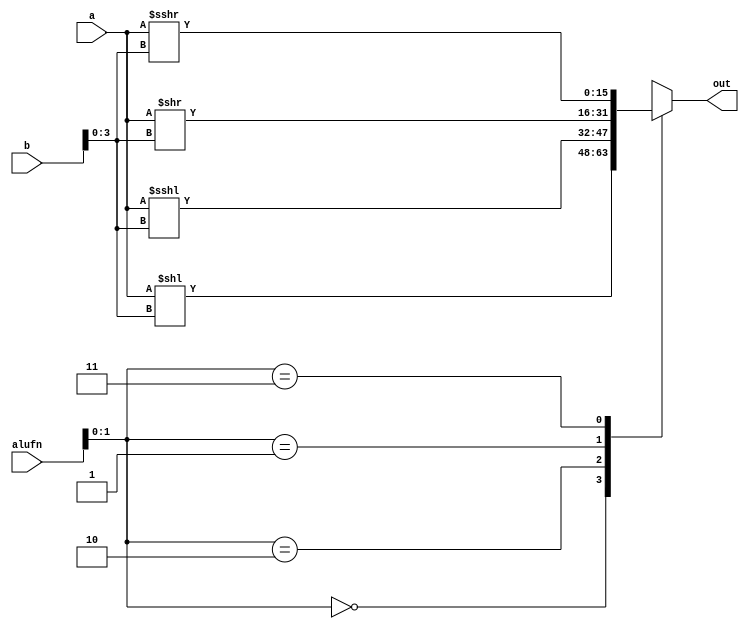
/*
   This file was generated automatically by Alchitry Labs version 1.2.7.
   Do not edit this file directly. Instead edit the original Lucid source.
   This is a temporary file and any changes made to it will be destroyed.
*/

module shifter_16_18 (
    input [15:0] a,
    input [15:0] b,
    input [5:0] alufn,
    output reg [15:0] out
  );
  
  
  
  always @* begin
    
    case (alufn[0+1-:2])
      default: begin
        out = a;
      end
      2'h0: begin
        out = a << b[0+3-:4];
      end
      2'h2: begin
        out = $signed(a) <<< b[0+3-:4];
      end
      2'h1: begin
        out = a >> b[0+3-:4];
      end
      2'h3: begin
        out = $signed(a) >>> b[0+3-:4];
      end
    endcase
  end
endmodule